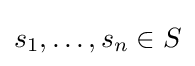
s_{1},\ldots ,s_{n}\in S